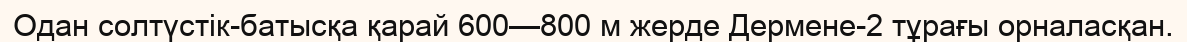
Одан солтүстік-батысқа қарай 600—800 м жерде Дермене-2 тұрағы орналасқан.